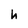
Character: h